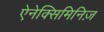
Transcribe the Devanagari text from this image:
ऐनेक्सिमिनिज़